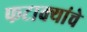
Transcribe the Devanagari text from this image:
फटाक्यांचे